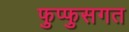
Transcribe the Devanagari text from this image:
फुप्फुसगत